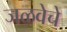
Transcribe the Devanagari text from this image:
जळवेचे